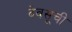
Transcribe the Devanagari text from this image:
देवसूची